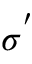
\sigma ^ { ' }